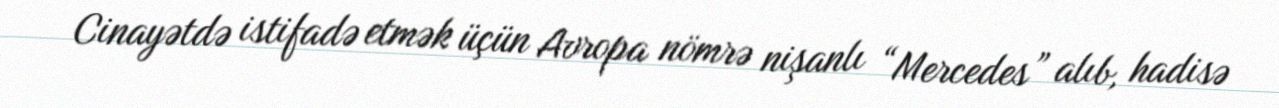
Cinayətdə istifadə etmək üçün Avropa nömrə nişanlı “Mercedes” alıb, hadisə